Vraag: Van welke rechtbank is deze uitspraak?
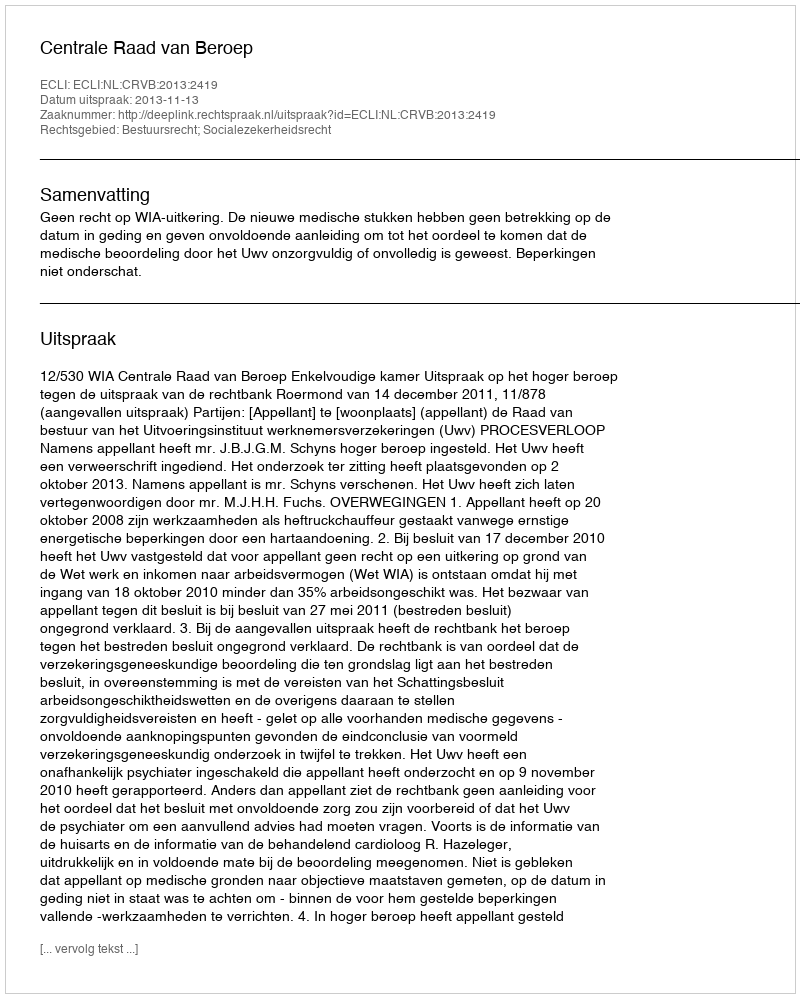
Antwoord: Centrale Raad van Beroep